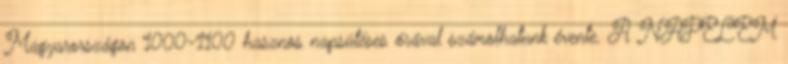
Magyarországon 1000-1100 hasznos napsütéses órával számolhatunk évente. A NAPELEM